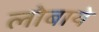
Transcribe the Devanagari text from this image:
लोबाये